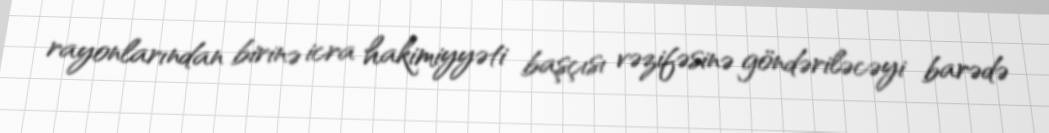
rayonlarından birinə icra hakimiyyəti başçısı vəzifəsinə göndəriləcəyi barədə